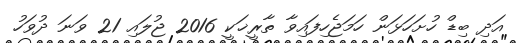
އަދި ބިޑް ހުށަަހަޅަން ހަމަޖެހިފައިވާ ތާރީޚަކީ 2016 ޖުލައި 21 ވަނަ ދުވަހު